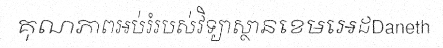
គុណភាពអប់រំរបស់វិទ្យាស្ថានខេមអេដDaneth